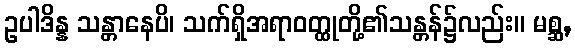
ဥပါဒိန္န သန္တာနေပိ၊ သက်ရှိအရာဝတ္ထုတို့၏သန္တန်၌လည်း။ မစ္ဆ,